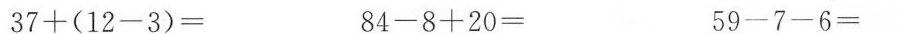
37+(12-3)= 84-8+20= 59-7-6=